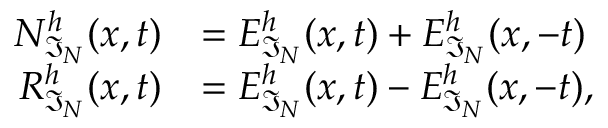
\begin{array} { r l } { N _ { \mathfrak { I } _ { N } } ^ { h } ( x , t ) } & { = E _ { \mathfrak { I } _ { N } } ^ { h } ( x , t ) + E _ { \mathfrak { I } _ { N } } ^ { h } ( x , - t ) \quad } \\ { R _ { \mathfrak { I } _ { N } } ^ { h } ( x , t ) } & { = E _ { \mathfrak { I } _ { N } } ^ { h } ( x , t ) - E _ { \mathfrak { I } _ { N } } ^ { h } ( x , - t ) , } \end{array}